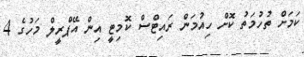
ކަމަށް ތުހުމަތު ކޮށް ހިއުމަން ރައިޓްސް ކޮމިޓީ އިން އޭޕްރީލް މަހުގެ 4